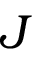
J